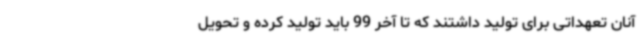
آنان تعهداتی برای تولید داشتند که تا آخر 99 باید تولید کرده و تحویل